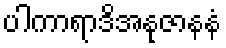
ပါကာရာဒိအနုဇာနနံ